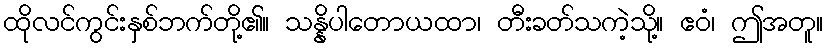
ထိုလင်ကွင်းနှစ်ဘက်တို့၏။ သန္နိပါတောယထာ၊ တီးခတ်သကဲ့သို့။ ဧဝံ၊ ဤအတူ။